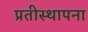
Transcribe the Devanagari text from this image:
प्रतीस्थापना